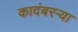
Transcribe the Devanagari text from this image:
कादंबरऱ्या